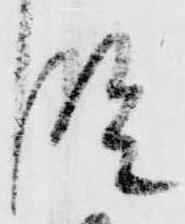
段